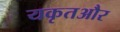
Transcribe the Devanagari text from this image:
यकृतऔर